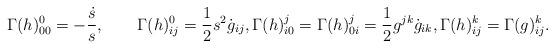
LaTeX: \begin{align*}\Gamma(h)_{00}^0=-\frac{\dot{s}}{s},\qquad\Gamma(h)_{ij}^0=\frac{1}{2}s^2\dot{g}_{ij},\Gamma(h)_{i0}^j=\Gamma(h)_{0i}^j=\frac{1}{2}g^{jk}\dot{g}_{ik},\Gamma(h)_{ij}^k=\Gamma(g)_{ij}^k.\end{align*}